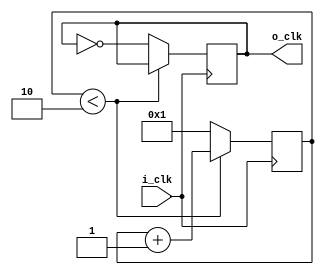
`timescale 1ns / 1ps
//////////////////////////////////////////////////////////////////////////////////
// Company: 
// Engineer: 
// 
// Design Name: 
// Module Name:    clk_divider 
// Project Name: 
// Target Devices: 
// Tool versions: 
// Description: 
//
// Dependencies: 
//
// Revision: 
// Revision 0.01 - File Created
// Additional Comments: 
//
//////////////////////////////////////////////////////////////////////////////////
module clk_divider(
    input  i_clk,
    output o_clk
    );
    
   parameter P_DIV_FACTOR = 4;

   reg [27:0] clk_counter = 1;
   reg        tmp_clk = 0;

	// Convert 100 MHz input clock to 25MHz clock for display 
	always @(posedge i_clk)
	begin
      if (clk_counter < (P_DIV_FACTOR/2)) begin
			clk_counter <= clk_counter+{26'b0, 1'b1};
		end else begin 
			clk_counter <= 1;
			tmp_clk     <= ~tmp_clk;
		end
	end
   
   assign o_clk = tmp_clk;

endmodule